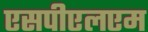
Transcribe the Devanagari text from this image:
एसपीएलएम